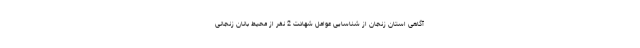
آگاهی استان زنجان از شناسایی عوامل شهادت 2 نفر از محیط بانان زنجانی